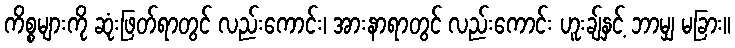
ကိစ္စများကို ဆုံးဖြတ်ရာတွင် လည်းကောင်း၊ အားနာရာတွင် လည်းကောင်း ဟူးချ်နှင့် ဘာမျှ မခြား။